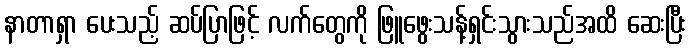
နာတာရှာ ပေးသည့် ဆပ်ပြာဖြင့် လက်တွေကို ဖြူဖွေးသန့်ရှင်းသွားသည်အထိ ဆေးပြီး